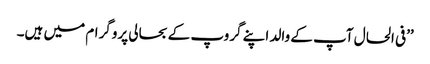
’’فی الحال آپ کے والد اپنے گروپ کے بحالی پروگرام میں ہیں۔